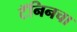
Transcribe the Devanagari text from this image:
टॅनिनचा